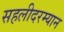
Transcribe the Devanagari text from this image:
सहलीदरम्यान